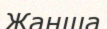
Жанша